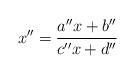
LaTeX: \begin{align*}x''=\frac{a''x+b''}{c''x+d''} \end{align*}